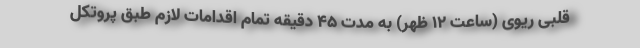
قلبی ریوی (ساعت ۱۲ ظهر) به مدت ۴۵ دقیقه تمام اقدامات لازم طبق پروتکل